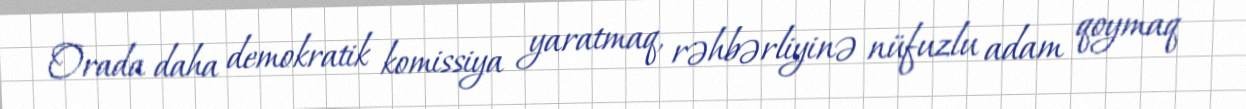
Orada daha demokratik komissiya yaratmaq, rəhbərliyinə nüfuzlu adam qoymaq